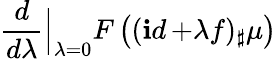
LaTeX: \frac{d}{d\lambda}\Big|_{\lambda=0}F\left((\mathop{\mathbf id}+\lambda f)_{\sharp}\mu\right)